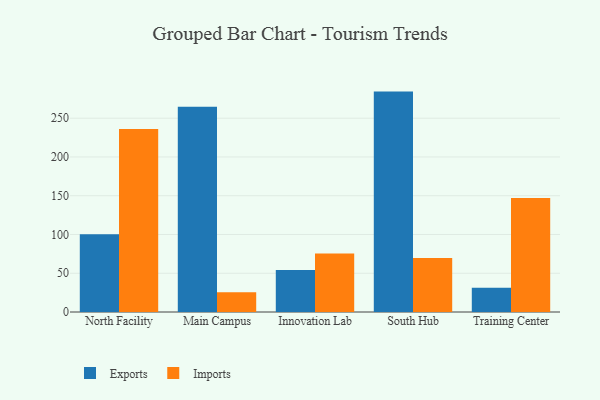
{"axis": {"x": "Campus", "y": "Bounce Rate (%)"}, "legend": ["Exports", "Imports"], "data": [{"x": "North Facility", "y": 100.2, "type": "Exports"}, {"x": "North Facility", "y": 236.1, "type": "Imports"}, {"x": "Main Campus", "y": 264.6, "type": "Exports"}, {"x": "Main Campus", "y": 25.4, "type": "Imports"}, {"x": "Innovation Lab", "y": 54.2, "type": "Exports"}, {"x": "Innovation Lab", "y": 75.3, "type": "Imports"}, {"x": "South Hub", "y": 284.3, "type": "Exports"}, {"x": "South Hub", "y": 69.6, "type": "Imports"}, {"x": "Training Center", "y": 31.3, "type": "Exports"}, {"x": "Training Center", "y": 147.0, "type": "Imports"}]}